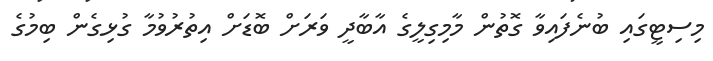
މިސިޓީގައި ބުނެފައިވާ ގޮތުން މާމިގިލީގެ އާބާދީ ވަރަށް ބޮޑަށް އިތުރުވުމާ ގުޅިގެން ބިމުގެ